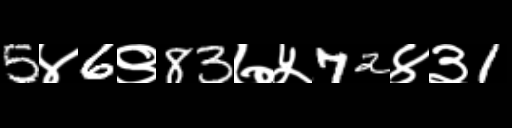
Text: 5४6९83७५72४३1